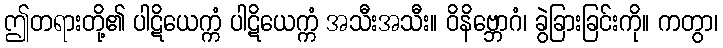
ဤတရားတို့၏ ပါဋိယေက္ကံ ပါဋိယေက္ကံ အသီးအသီး။ ဝိနိဗ္ဘောဂံ၊ ခွဲခြားခြင်းကို။ ကတွာ၊